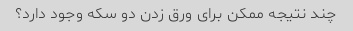
چند نتیجه ممکن برای ورق زدن دو سکه وجود دارد؟